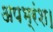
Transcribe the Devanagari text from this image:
अपभ्रंश।